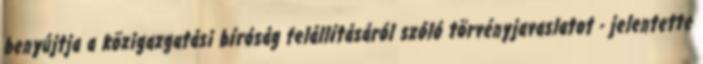
benyújtja a közigazgatási bíróság felállításáról szóló törvényjavaslatot - jelentette